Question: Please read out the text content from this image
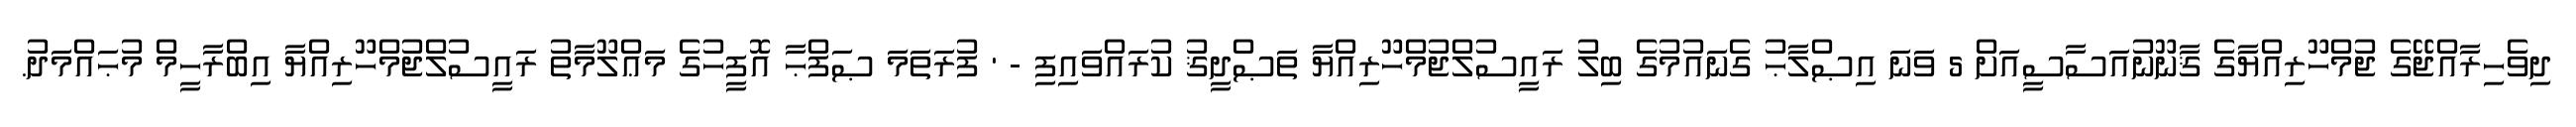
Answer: ދިވެހިރާއްޖޭގެ ޖުމްހޫރިއްޔާގެ ޤާނޫނުއަސާސީއަށް 5 ވަނަ އިޞްލާޙު ގެނައުމުގެ ބިލު ރައީސުލްޖުމްހޫރިއްޔާ ތަޞްދީޤު ކުރައްވައިފި - ' ފުރަތަމަ ޞަފްޙާ އޮފީހުގެ މަޢްލޫމާތު ރައީސުލްޖުމްހޫރިއްޔާ އިބްރާހީމް މުޙައްމަދު.